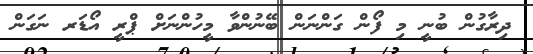
ދިރާގުން ބުނީ މި ފޯން ގަންނަން ބޭނުންވާ މީހުންނަށް ޕްރީ އޯޑަރ ނަގަން